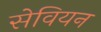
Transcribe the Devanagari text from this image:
सेवियन